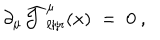
\partial _ { \mu } \widehat { { \mathcal J } } _ { \ell / r } ^ { \mu } ( x ) \; = \; 0 ~ ,